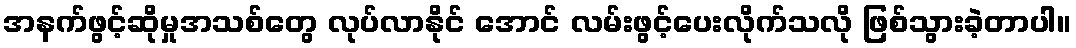
အနက်ဖွင့်ဆိုမှုအသစ်တွေ လုပ်လာနိုင် အောင် လမ်းဖွင့်ပေးလိုက်သလို ဖြစ်သွားခဲ့တာပါ။